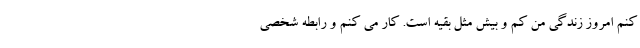
کنم امروز زندگی من کم و بیش مثل بقیه است. کار می کنم و رابطه شخصی